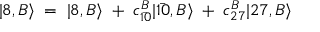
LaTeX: | 8 , B \rangle \; = \; | 8 , B \rangle \; + \; c _ { \bar { 1 0 } } ^ { B } | \bar { 1 0 } , B \rangle \; + \; c _ { 2 7 } ^ { B } | 2 7 , B \rangle